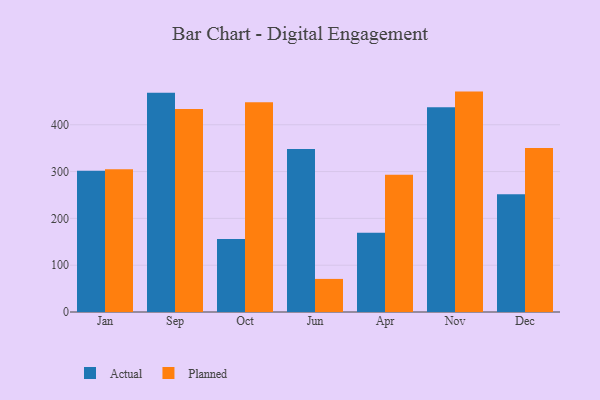
{"axis": {"x": "Month", "y": "Tickets Resolved"}, "legend": ["Actual", "Planned"], "data": [{"x": "Jan", "y": 301.6, "type": "Actual"}, {"x": "Jan", "y": 305.0, "type": "Planned"}, {"x": "Sep", "y": 468.5, "type": "Actual"}, {"x": "Sep", "y": 433.6, "type": "Planned"}, {"x": "Oct", "y": 156.0, "type": "Actual"}, {"x": "Oct", "y": 448.4, "type": "Planned"}, {"x": "Jun", "y": 348.2, "type": "Actual"}, {"x": "Jun", "y": 70.7, "type": "Planned"}, {"x": "Apr", "y": 169.2, "type": "Actual"}, {"x": "Apr", "y": 293.5, "type": "Planned"}, {"x": "Nov", "y": 437.7, "type": "Actual"}, {"x": "Nov", "y": 470.9, "type": "Planned"}, {"x": "Dec", "y": 251.4, "type": "Actual"}, {"x": "Dec", "y": 350.3, "type": "Planned"}]}